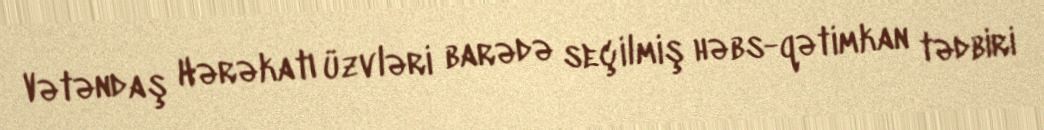
Vətəndaş Hərəkatı üzvləri barədə seçilmiş həbs-qətimkan tədbiri